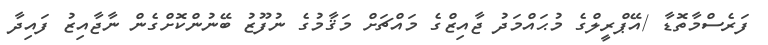
ފަރެސްމާތޮޑާ /އޭޕްރީލްގެ މުޙައްމަދު ޖާއިޒްގެ މައްޗަށް މަޤާމުގެ ނުފޫޒު ބޭނުންކޮށްގެން ނާޖާއިޒު ފައިދާ